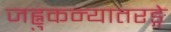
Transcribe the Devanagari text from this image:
जह्नुकन्यातरङ्गे